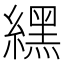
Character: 𦄿